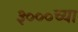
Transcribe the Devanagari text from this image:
३०००च्या